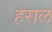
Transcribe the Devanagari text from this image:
हराल